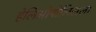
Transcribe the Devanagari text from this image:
हेलिओपोलिसला